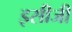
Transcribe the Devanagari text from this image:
इसीजी